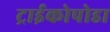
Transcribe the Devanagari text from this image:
ट्राईकोपोडा